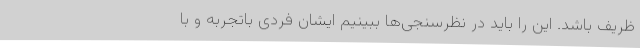
ظریف باشد. این را باید در نظرسنجی‌ها ببینیم ایشان فردی باتجربه و با